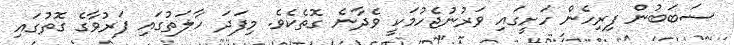
ސަބަބުން ފިރިހެން ހަށީގައި ވަރުނުޖެހުމަކީ ވެދާނެ ގޮތެކެވެ. މިފަދަ ހާލަތުގައި ފަރުވާގެ ގޮތުގައި